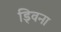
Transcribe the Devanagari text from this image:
ड्विना